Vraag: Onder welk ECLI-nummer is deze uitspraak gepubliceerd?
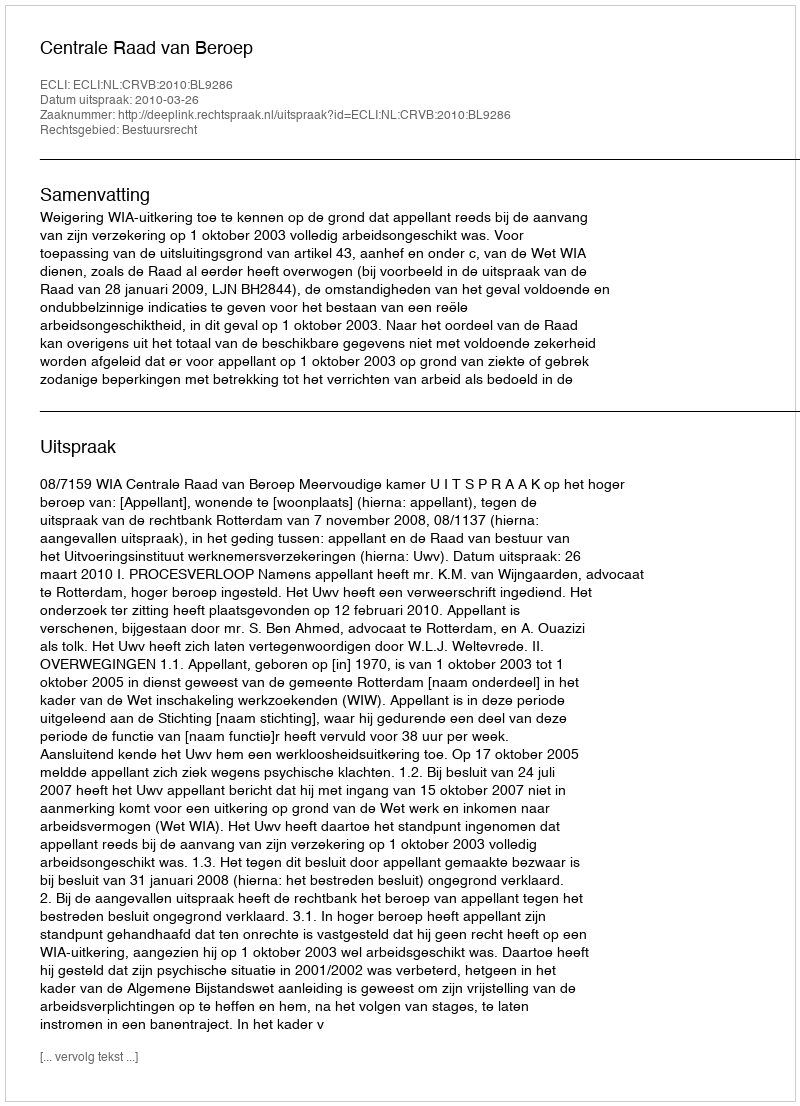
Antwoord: ECLI:NL:CRVB:2010:BL9286